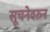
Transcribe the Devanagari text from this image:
सूचनेवरुन